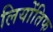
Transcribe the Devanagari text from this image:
लियोंतिफ